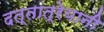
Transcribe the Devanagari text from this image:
दत्तात्रेयानी